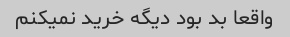
واقعا بد بود دیگه خرید نمیکنم